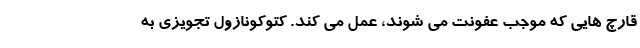
قارچ هایی که موجب عفونت می شوند، عمل می کند. کتوکونازول تجویزی به